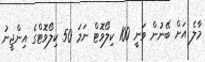
މާލެ އަށް ބޭނުން ވަނީ 100 ކިލޯވޮޓް ނަމަ 50 ކިލޯވޮޓްގެ އިންޖީނު